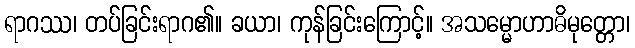
ရာဂဿ၊ တပ်ခြင်းရာဂ၏။ ခယာ၊ ကုန်ခြင်းကြောင့်။ အသမ္မောဟာဓိမုတ္တော၊